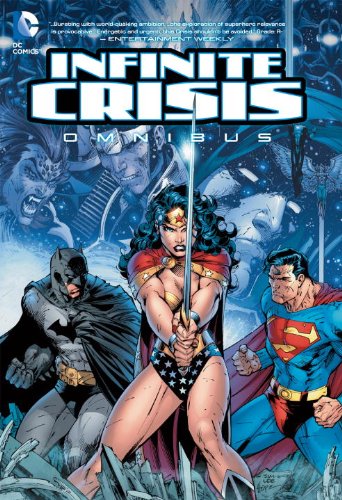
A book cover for The Infinite Crisis Omnibus; Geoff Johns; Comics & Graphic Novels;